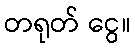
တရုတ် ငွေ။